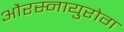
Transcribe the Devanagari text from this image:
औरस्नायुरोग